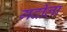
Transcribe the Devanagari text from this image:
गर्दीला